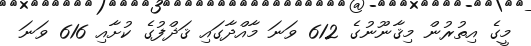
މީގެ އިތުރުން މިޤާނޫނުގެ 612 ވަަނަ މާއްދާގައި ޤަޛްފުގެ ކުށާއި 616 ވަނަ